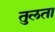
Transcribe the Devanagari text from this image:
तुलता